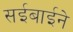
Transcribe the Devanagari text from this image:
सईबाईने